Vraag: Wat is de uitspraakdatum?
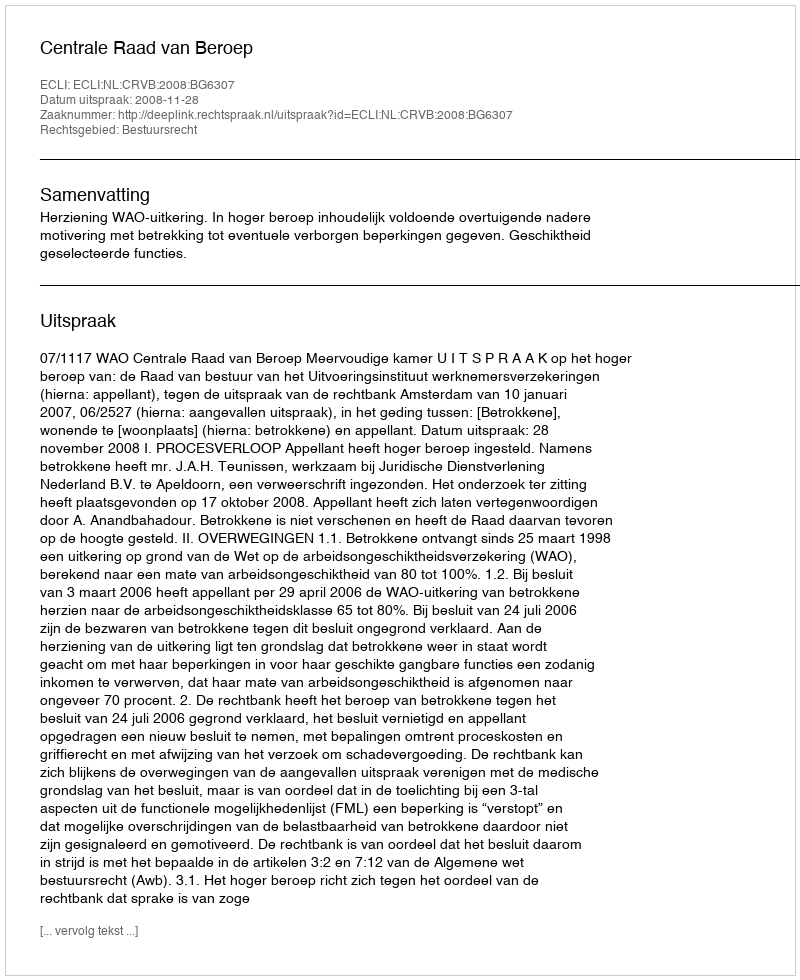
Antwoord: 2008-11-28